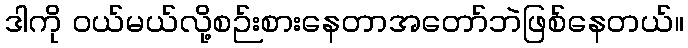
ဒါကို ဝယ်မယ်လို့စဉ်းစားနေတာအတော်ဘဲဖြစ်နေတယ်။